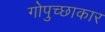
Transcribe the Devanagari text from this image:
गोपुच्छाकार